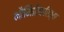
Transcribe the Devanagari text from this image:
भौमितिकरित्या